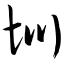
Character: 圳